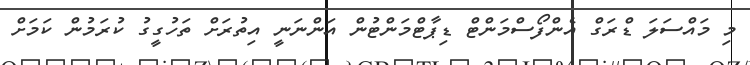
މި މައްސަލަ ޑްރަގް އެންފޯސްމަންޓް ޑިޕާޓްމަންޓުން އަންނަނީ އިތުރަށް ތަހުގީގު ކުރަމުން ކަމަށް